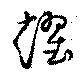
趯